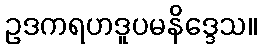
ဥဒကရဟဒူပမနိဒ္ဒေသ။